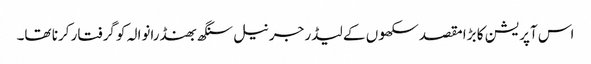
اس آپریشن کا بڑا مقصد سکھوں کے لیڈر جرنیل سنگھ بھنڈرانوالہ کو گرفتار کرنا تھا۔